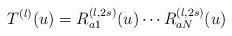
LaTeX: \begin{align*}T^{(l)}(u) = R^{(l,2s)}_{a1}(u)\cdots R^{(l,2s)}_{aN}(u)\end{align*}